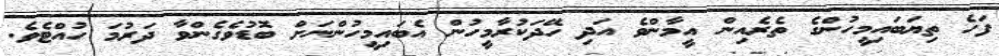
ފަހެ ތިޔަބައިމީހުންގެ ތެރެއިން އީމާންވެ އަދި ހޭދަކުރާމީހުން އެބައިމީހުންނަށް ބޮޑުވެގެންވާ ދަރުމަ ހުއްޓެވެ.